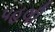
પહલી